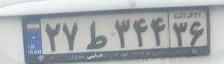
۲۷ط۳۴۴۳۶